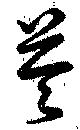
苓